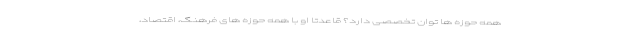
همه حوزه ها توان تخصصی دارد؟ قاعدتا او با همه حوزه های فرهنگ، اقتصاد،